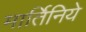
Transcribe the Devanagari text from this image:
मार्तिनिये